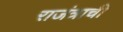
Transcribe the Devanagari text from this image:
राजंत्राची